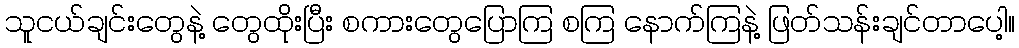
သူငယ်ချင်းတွေနဲ့ တွေထိုးပြီး စကားတွေပြောကြ စကြ နောက်ကြနဲ့ ဖြတ်သန်းချင်တာပေါ့။